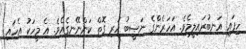
ހިފައި އަނބުރައިލީމެވެ. އަހަރެންގެ ނަޞީބު ހުރި ގޮތް ކަންނޭނގެއެވެ. އެ މީހަކު އެހައި